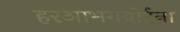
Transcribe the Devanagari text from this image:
हरआभगवोईना